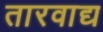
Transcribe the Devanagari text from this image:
तारवाद्य